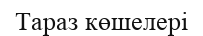
Тараз көшелері